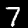
Label: 7